画像に写った文字を読んでください
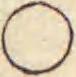
「○」と書いてあります